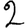
Digit: 2